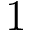
1